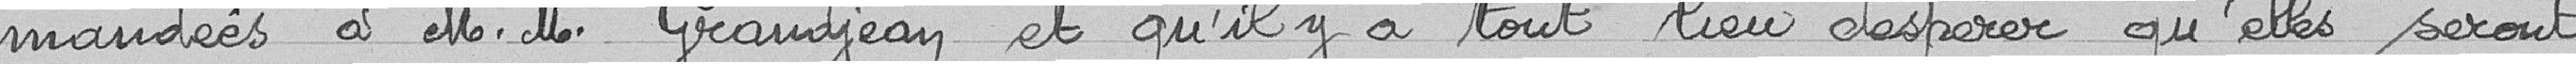
mandées à Messieurs Grandjean et qu'il y a tout lieu d'espérer qu'elles seront